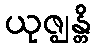
ယုဇ္ဈန္တိ